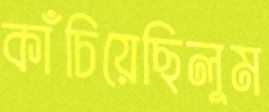
কাঁচিয়েছিলুম